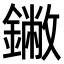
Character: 䥕